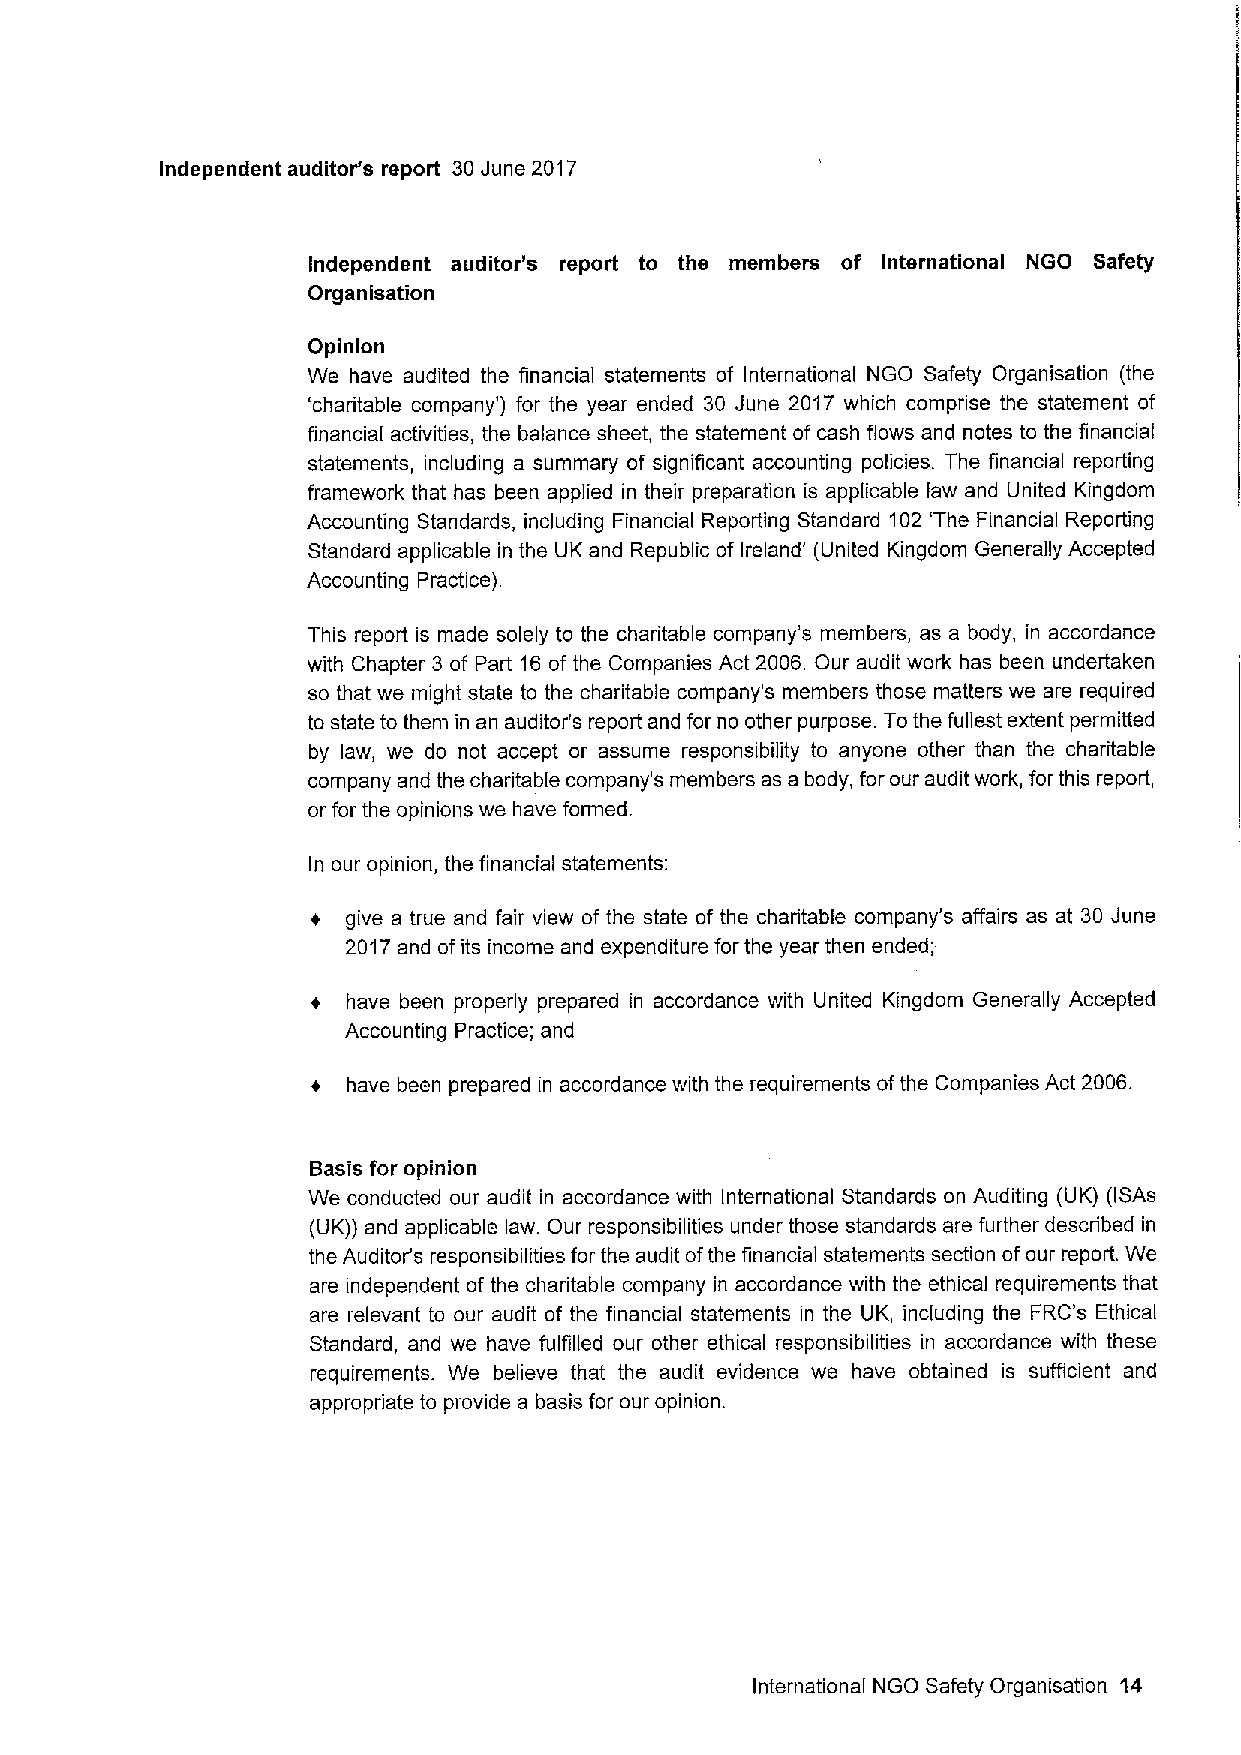
Independent auditor's report 30June 2017
 Independent auditor's report to the members of International NGO Safety
 Organisation
 Opinion
 We have audited the financial statements of International NGO Safety Organisation (the
 'charitable company') for the year ended 30 June 2017 which comprise the statement of
 financial activities, the balance sheet, the statement of cash flows and notes to the financial
 statements, including a summary of signiTicant accounting policies. The financial reporting
 framework that has been applied in their preparation is applicable law and United Kingdom
 Accounting Standards, including Financial Reporting Standard 102 'The Financial Reporting
 Standard applicable in the UK and Republic of Ireland' (United Kingdom Generally Accepted
 Accounting Practice)
 This report is made solely to the charitable company's members, as a body, in accordance
 with Chapter 3 of Part 16 of the Companies Act 2006. Our audit work has been undertaken
 so that we might state to the charitable company's members those matters we are required
 to state to them in an auditor's report and for no other purpose. Tothe fullest extent permitted
 by law, we do not accept or assume responsibility to anyone other than the charitable
 company and the charitable company's members as a body, for our audit work, for this report,
 or for the opinions we have formed.
 In our opinion, the financial statements:
 + give a true and fair view of the state of the charitable company's affairs as at 30 June
 2017and ofits income and expenditure for the year then ended;
 + have been properly prepared in accordance with United Kingdom Generally Accepted
 Accounting Practice; and
 + have been prepared in accordance with the requirements ofthe Companies Act 2006.
 BasIs for opinion
 We conducted our audit in accordance with International Standards on Auditing (UK) (ISAs
 (UK)) and applicable law. Our responsibilities under those standards are further described in
 the Auditor's responsibilities for the audit ofthe financial statements section ofour report. We
 are independent of the charitable company in accordance with the ethical requirements that
 are relevant to our audit of the financial statements in the UK, including the FRC's Ethical
 Standard, and we have fulfilled our other ethical responsibilities in accordance with these
 requirements. We believe that the audit evidence we have obtained is sufficient and
 appropriate to provide a basis for our opinion.
 International NGO Safety Organisation 14